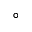
^ \circ